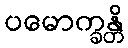
ပမောက္ခန္တိ